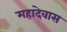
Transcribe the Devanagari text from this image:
महादेवास